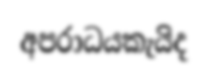
අපරාධයකැයිද